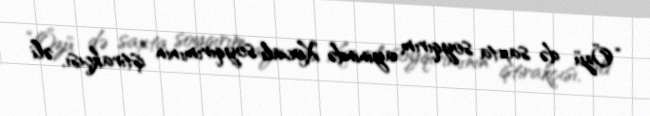
“Özü də saxta soyqırım ayinində Xocalı soyqırımının iştirakçısı, əli